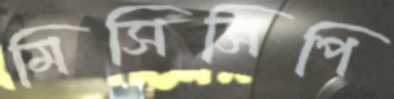
মিসিসিপি